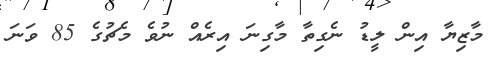
މާޒިޔާ އިން ލީޑު ނެގިތާ މާގިނަ އިރެއް ނުވެ މެޗުގެ 85 ވަނަ